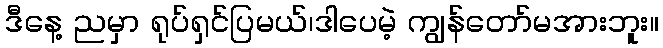
ဒီနေ့ ညမှာ ရုပ်ရှင်ပြမယ်၊ဒါပေမဲ့ ကျွန်တော်မအားဘူး။